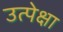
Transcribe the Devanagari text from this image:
उत्पेक्षा